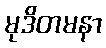
မုဒိတမနာ